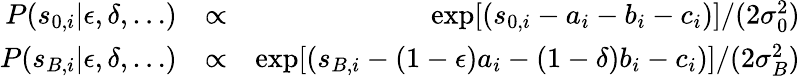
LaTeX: \begin{array}{rlr}{P(s_{0,i}|\epsilon,\delta,\ldots)}&{\propto}&{\exp[(s_{0,i}-a_{i}-b_{i}-c_{i})]/(2\sigma_{0}^{2})}\\ {P(s_{B,i}|\epsilon,\delta,\ldots)}&{\propto}&{\exp[(s_{B,i}-(1-\epsilon)a_{i}-(1-\delta)b_{i}-c_{i})]/(2\sigma_{B}^{2})}\end{array}